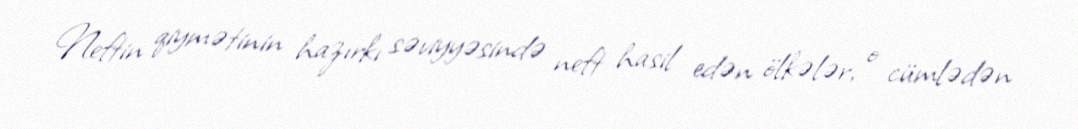
Neftin qiymətinin hazırkı səviyyəsində neft hasil edən ölkələr, o cümlədən